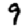
Digit: 9